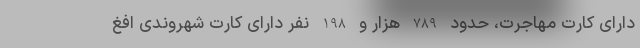
دارای کارت مهاجرت، حدود 789 هزار و 198 نفر دارای کارت شهروندی افغ